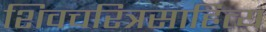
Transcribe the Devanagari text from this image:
शिवचरित्रसाहित्य